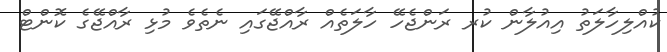
ކުއްލިހާލަތު އިއުލާން ކުރ ރަންޖެހޭ ހާލަތެއް ރާއްޖޭގައި ނެތެވެ މުޅި ރާއްޖޭގެ ކޮންޓް